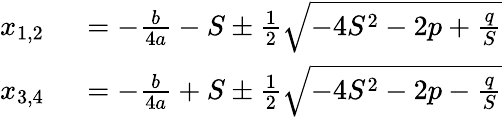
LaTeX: \begin{array}{rl}{x_{1,2}\ }&{{}=-{\frac{b}{4a}}-S\pm{\frac{1}{2}}{\sqrt{-4S^{2}-2p+{\frac{q}{S}}}}}\\ {x_{3,4}\ }&{{}=-{\frac{b}{4a}}+S\pm{\frac{1}{2}}{\sqrt{-4S^{2}-2p-{\frac{q}{S}}}}}\end{array}